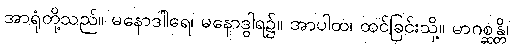
အာရုံတို့သည်။ မနောဒါါရေ၊ မနောဒွါရ၌။ အာပါထ၊ ထင်ခြင်းသို့။ မာဂစ္ဆန္တိ၊